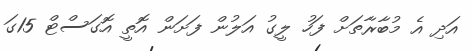
އަދި އެ މުބާރާތަށް ފަހު ލީގު އަލުން ފަށަން އޮތީ އޮގަސްޓް 15ގަ